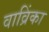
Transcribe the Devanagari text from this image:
वाव्रिंका